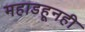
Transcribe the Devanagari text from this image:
महाडहूनही